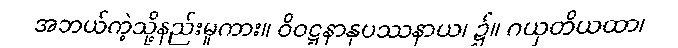
အဘယ်ကဲ့သို့နည်းမူကား။ ဝိဝဋ္ဋနာနုပဿနာယ၊ ၌။ ဂယှတိယထာ၊